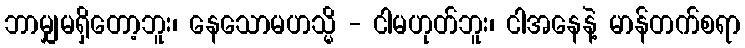
ဘာမျှမရှိတော့ဘူး၊ နေသောမဟသ္မိ - ငါမဟုတ်ဘူး၊ ငါအနေနဲ့ မာန်တက်စရာ